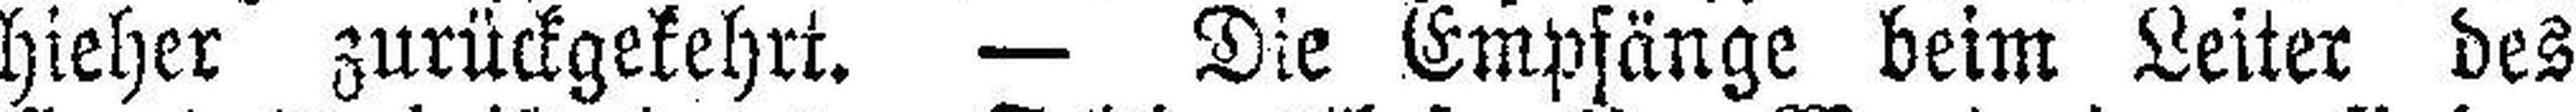
hieher zurückgekehrt. — Die Empfänge beim Leiter des